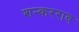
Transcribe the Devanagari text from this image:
शन्करराव